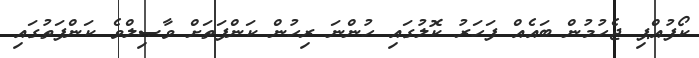
ކޯފުއްޕި ޖެހުމުން ބައެއް ފަހަރު ކޮލުގައި ހުންނަ ރިހުން ކަންފަތަށް ވާޞިލްވެ ކަންފަތުގައި